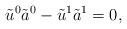
LaTeX: \begin{align*}\tilde u^0 \tilde a^0 - \tilde u^1 \tilde a^1 = 0,\end{align*}